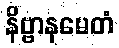
နိဗ္ဗာနမေတံ